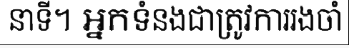
នាទី។ អ្នកទំនងជាត្រូវការរងចាំ